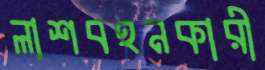
লাশবহনকারী